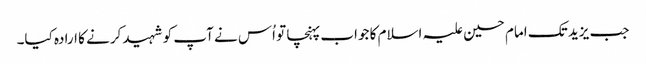
جب یزید تک امام حسین علیہ اسلام کا جواب پہنچا تو اُس نے آپ کو شہید کرنے کا ارادہ کیا۔